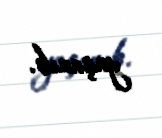
yaşanıb.